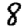
Digit: 8